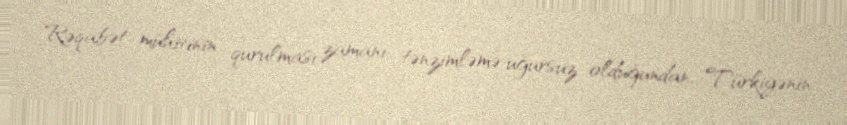
Rəqabət mühitinin qurulması zamanı tənzimləmə uğursuz olduğundan, Türkiyənin